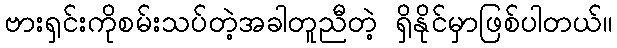
ဗားရှင်းကိုစမ်းသပ်တဲ့အခါတူညီတဲ့ ရှိနိုင်မှာဖြစ်ပါတယ်။